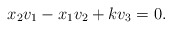
\begin{align*}x_2v_1-x_1v_2+kv_3=0.\end{align*}